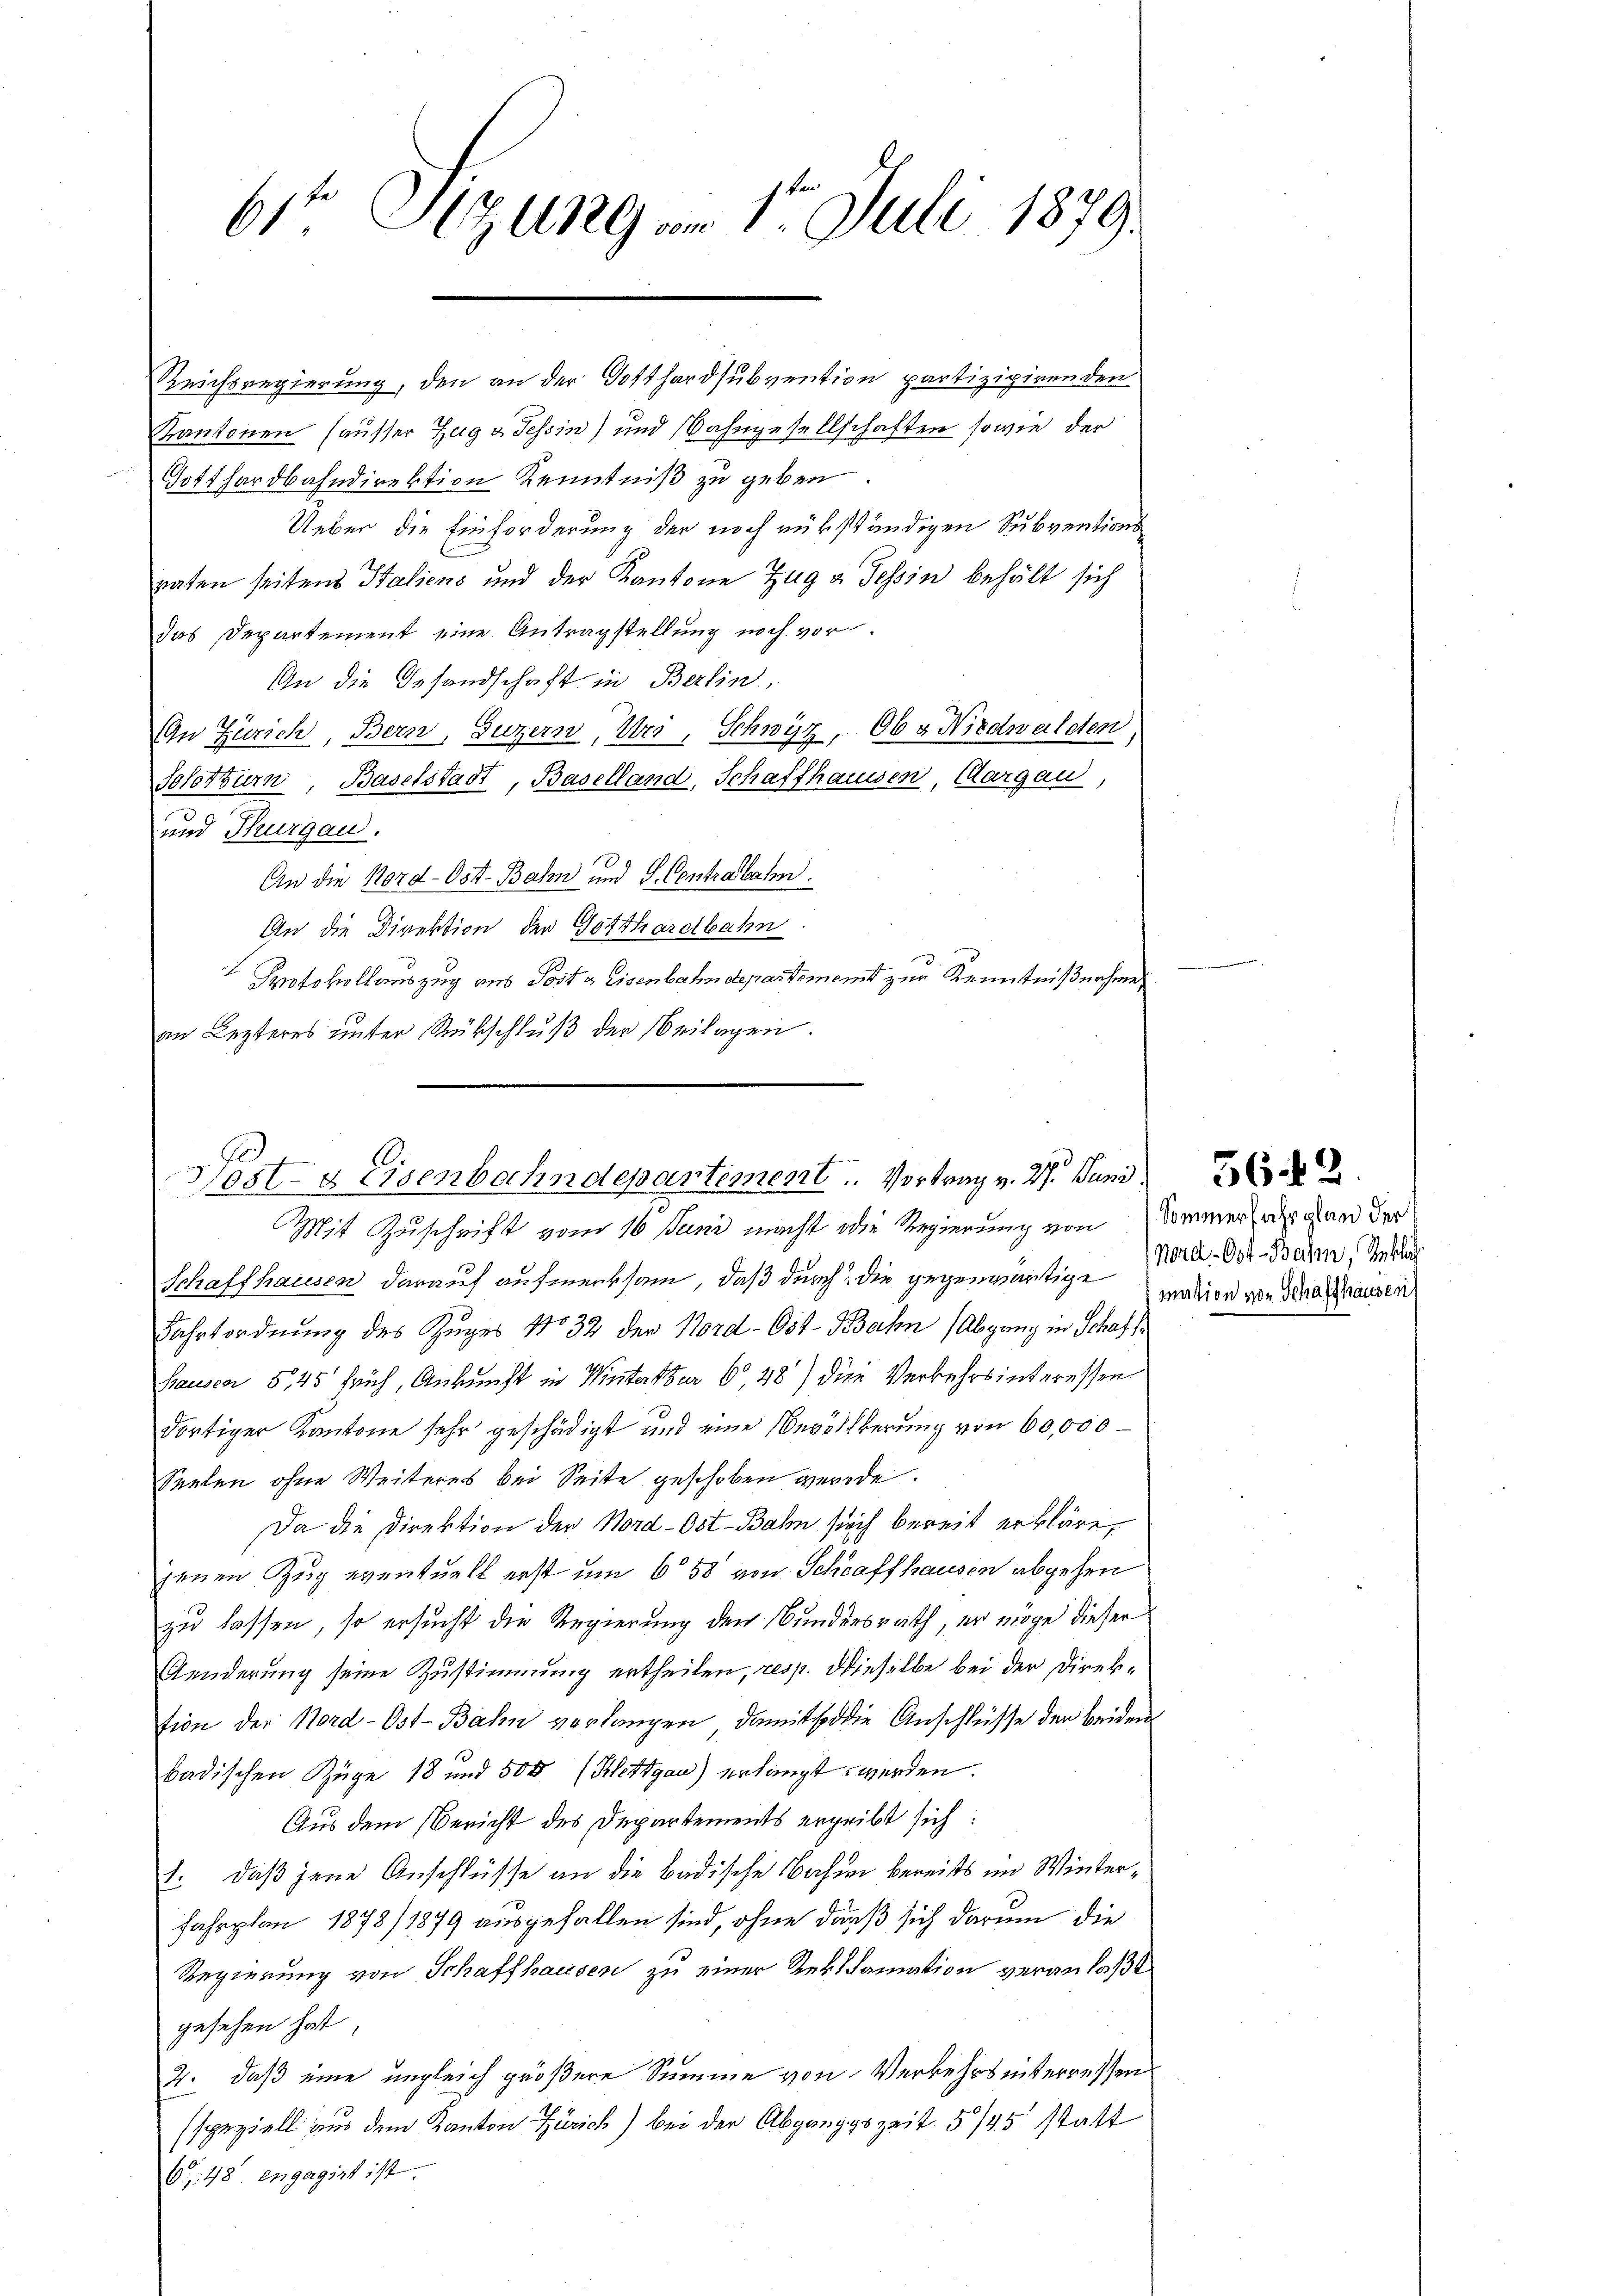
61ten Sizung am 1. Juli 1879.

Kantonen (ausser Zug u. Tessin) und Bahngesellschaften sowie der
Gotthardbahndirektion Kenntniß zu geben.
Ueber die Einforderung der noch rükständigen Subventionsraten seitend Saliens und der Kantone Zug u. Tessin behält sich
das Departement eine Antragstellung noch vor.
An die Gesandschaft in Berlin
An Zürich, Bern, Luzern, Uri, Schwyz, Obv Nidwalden,
Solothurn, Baselstadt, Baselland, Schaffhausen, Aargau,
und Thurgau.
An die Nord-Ost-Bahn und S. Contrabahn.
An die Direktion der Gotthardbahn
Protokollauszug aus Post & Eisenbahndepartement zur Kenntnißnahme,
an Lezteres unter Rückschluß der Beilagen.

Reichsregierung, den an der Gotthardsubvention partizipirenden

Fe
1
Postdeisenbahndepartement. Vortrag v. 2. Juni.

Mit Zuschrift vom 16. Juni macht die Regierung von Sommer lag an der
Schaffhausen darauf aufmerksam, daß durch die gegenwärtige Mord. Der Beden, Stellun

Fahrtordnung des Zuges No 32 der Nord- Ost-Bahn (Abgang in Schaffhausca 5,45 früh, Ankunft in Winterter 6,48) die Verkehrsinteressen
dortiger Kantone sehr geschädigt und eine Bevölkerung von 60,000
Seelen ohne Weiteres bei Seite geschoben werde.
Da die Direktion der Nord-Ost-Bahn sich bereit erkläre,
jenen Zug eventuell erst um 658 von Schaffhausen abgehen
zu lassen, so ersucht die Regierung den Bundesrath, er möge dieser
Aenderung seine Zustimmung ertheilen, resp. dieselbe bei der Direktion der Nord-Ost-Bahn verlangen, damit so die Anschlüsse der beiden
badischen Züge 18 und 500 (Klettgau) erlangt werden.
Aus dem Bericht des Departements ergeibt sich
1. daß jene Anschlüsse an die Badische Bahnen bereits im Winter¬
Fahrplan 1878/1879 ausgefallen sind, ohne daß sich darum die
Regierung von Schaffhausen zu einer Reklamation veranlaßt
gesehen hat
2. daß eine ungleich größere Summe von Verkehrsinterressen
speziell aus dem Kanton Zürich) bei der Abgangszeit 5/45 statt
6. 148. engagirt ist.

5642.

mation von Schaffhausen